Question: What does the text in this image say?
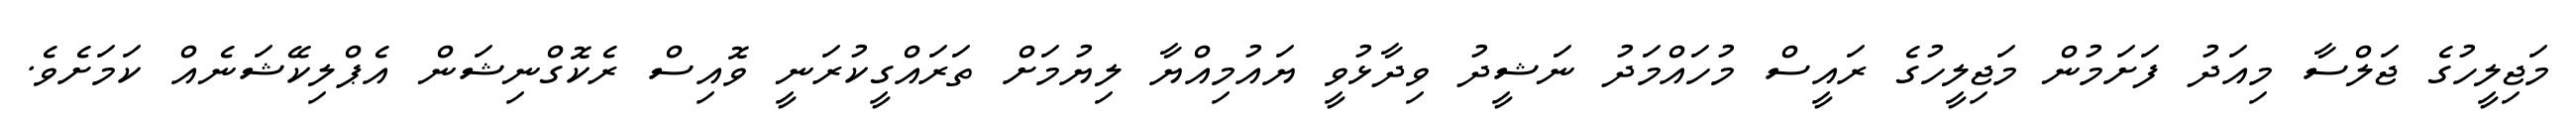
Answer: މަޖިލީހުގެ ޖަލްސާ މިއަދު ފަށަމުން މަޖިލީހުގެ ރައީސް މުހައްމަދު ނަޝީދު ވިދާޅުވީ ޔައުމިއްޔާ ލިޔުމަށް ތަރައްގީކުރަނީ ވޮއިސް ރެކޮގްނިޝަން އެޕްލިކޭޝަނެއް ކަމަށެވެ.